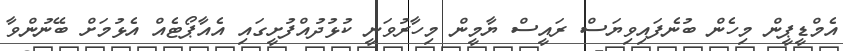
އެމްޑީޕީން މިހެން ބުނެފައިވިޔަސް ރައީސް ޔާމީން މިހާރުވަނީ ކުޅުދުއްފުށީގައި އެއާޕޯޓެއް އެޅުމަށް ބޭނުންވާ